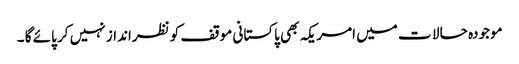
موجودہ حا لا ت میں امریکہ بھی پاکستانی موقف کو نظرانداز نہیں کر پائے گا ۔